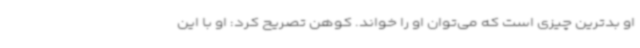
او بدترین چیزی است که می‌توان او را خواند. کوهن تصریح کرد: او با این